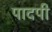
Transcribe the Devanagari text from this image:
पादपी